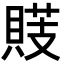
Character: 䝸